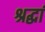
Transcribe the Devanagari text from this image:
श्रद्धां